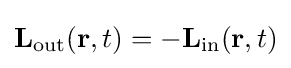
\mathbf {L} _{\text{out}}(\mathbf {r} ,t)=-\mathbf {L} _{\text{in}}(\mathbf {r} ,t)